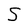
Character: S